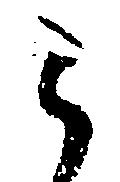
こ